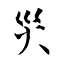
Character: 災